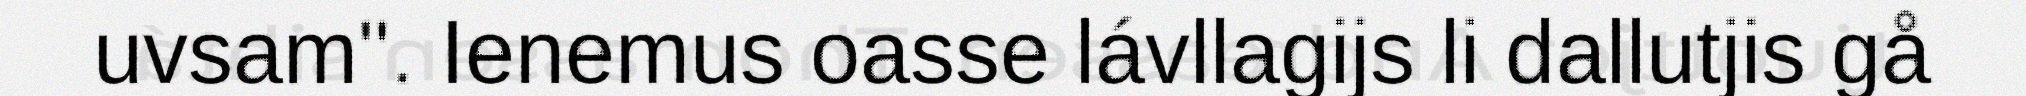
uvsam". Ienemus oasse lávllagijs li dallutjis gå